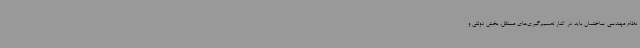
نظام مهندسی ساختمان باید در کنار تصمیم‌گیری‌های مستقل، بخش دولتی و